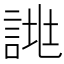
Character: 𧨙